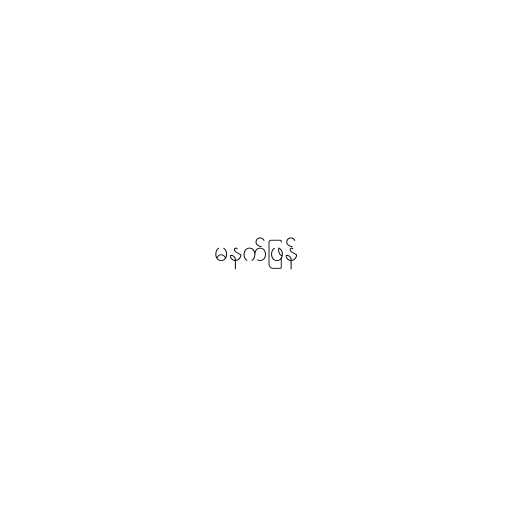
မနက်ဖြန်